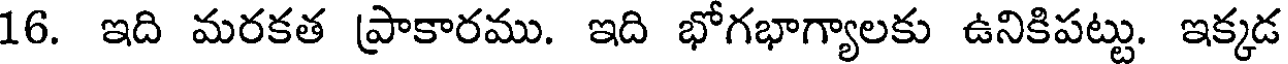
16. ఇది మరకత ప్రాకారము. ఇది భోగభాగ్యాలకు ఉనికిపట్టు. ఇక్కడ